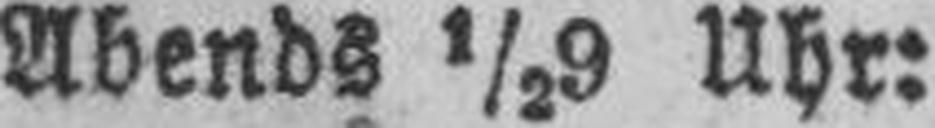
Abends ½9 Uhr: